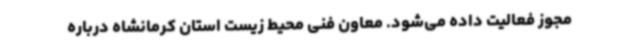
مجوز فعالیت داده می‌شود. معاون فنی محیط زیست استان کرمانشاه درباره